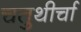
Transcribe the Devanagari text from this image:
चतुथीर्चा